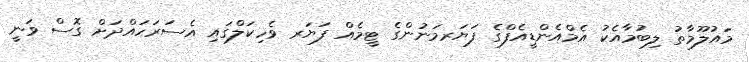
މައުލޫމާތު ލިބުމާއެކު އެމްއެންޑީއެފްގެ ފަޔަރމަނުންގެ ޓީމެއް ފަޔަރ ވެހިކަލްގައި އެސަރަހައްދަށް ގޮސް ވަނީ